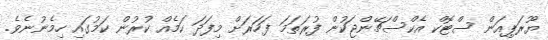
ޔޫރަޕިއަން ސްޓޮކް އެކްސްޗޭންޖަކުން ފުރަތަމަ ފަހަރަށް މިފަދަ ކަމެއް ކުރުން ކަމުގައި ހިމެނުނެވެ.